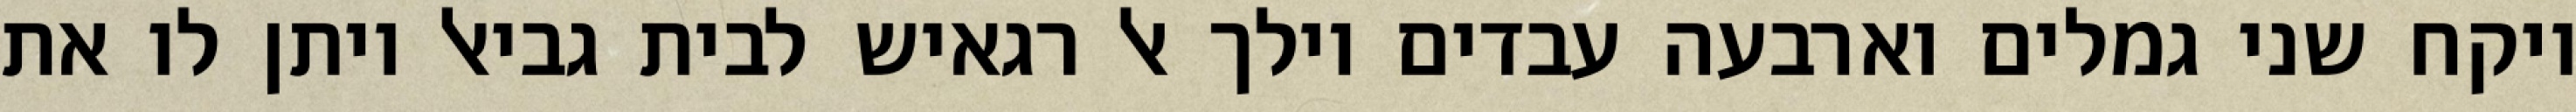
ויקח שני גמלים וארבעה עבדים וילך אל רגאיש לבית גביאל ויתן לו את